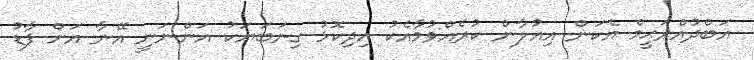
އަބްދުއްރަޙީމް އެކަން އިއުލާން ކުރެއްވުމާއެކު އިދިކޮޅު ގިނަބަޔަކު އަންނަނީ އޭނާ އަށް ފާޑު